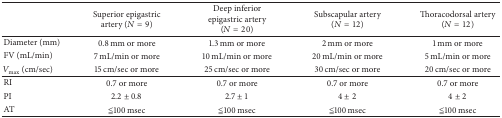
<table><thead><tr><td><b> </b></td><td><b>Superior epigastric artery (<i>N</i> = 9)</b></td><td><b>Deep inferior epigastric artery (<i>N</i> = 20)</b></td><td><b>Subscapular artery (<i>N</i> = 12)</b></td><td><b>Thoracodorsal artery (<i>N</i> = 12)</b></td></tr></thead><tbody><tr><td>Diameter (mm)</td><td>0.8 mm or more</td><td>1.3 mm or more</td><td>2 mm or more</td><td>1 mm or more</td></tr><tr><td>FV (mL/min)</td><td>7 mL/min or more</td><td>10 mL/min or more</td><td>20 mL/min or more</td><td>5 mL/min or more</td></tr><tr><td><i>V</i><sub>max⁡</sub> (cm/sec)</td><td>15 cm/sec or more</td><td>25 cm/sec or more</td><td>30 cm/sec or more</td><td>20 cm/sec or more</td></tr><tr><td>RI</td><td>0.7 or more</td><td>0.7 or more</td><td>0.7 or more</td><td>0.7 or more</td></tr><tr><td>PI</td><td>2.2 ± 0.8</td><td>2.7 ± 1</td><td>4 ± 2</td><td>4 ± 2</td></tr><tr><td>AT</td><td>≦100 msec</td><td>≦100 msec</td><td>≦100 msec</td><td>≦100 msec</td></tr></tbody></table>